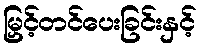
မြှင့်တင်ပေးခြင်းနှင့်